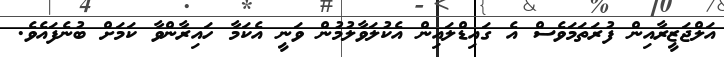
އަލްޖަޒީރާއިން ފުރަތަމަވެސް އެ ގައިޑްލައިން އެކުލަވާލުމުން ވަނީ އެކަމާ ހައިރާންވާ ކަމަށް ބުނެފައެވެ.